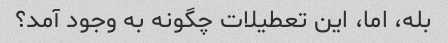
بله، اما، این تعطیلات چگونه به وجود آمد؟